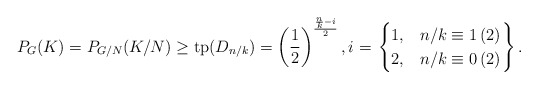
\begin{align*}P_G(K) = P_{G/N}(K/N) \geq \mathrm{tp}(D_{n/k}) = \left(\frac{1}{2}\right)^{\frac{\frac{n}{k}-i}{2}},i = \left.\begin{cases} 1, & n/k \equiv 1\,(2)\\2,& n/k \equiv 0\,(2)\end{cases}\right\}.\end{align*}